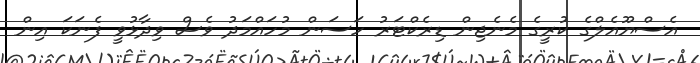
އެސްޔޫއެލްގެ ކުރީގެ މެނެޖިން ޑިރެކްޓަރު ހަސަން މުހައްމަދު ވެސް ވިދާޅުވީ ފެނަކަ އިން